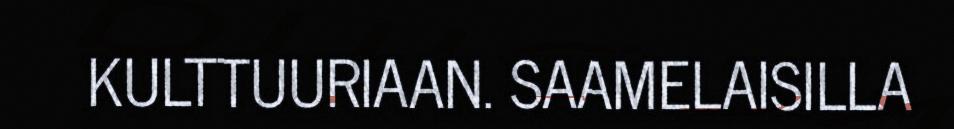
KULTTUURIAAN. SAAMELAISILLA